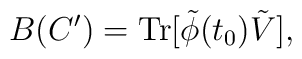
B(C') = {\rm Tr} [\tilde{\phi}(t_0) \tilde{V}],